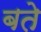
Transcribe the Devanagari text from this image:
बते